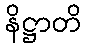
နိဋ္ဌာတိ